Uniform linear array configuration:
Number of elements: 32
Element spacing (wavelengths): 0.5
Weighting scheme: uniform
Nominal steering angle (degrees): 30
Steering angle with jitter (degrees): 28.136
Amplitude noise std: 0.05
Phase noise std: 0.05

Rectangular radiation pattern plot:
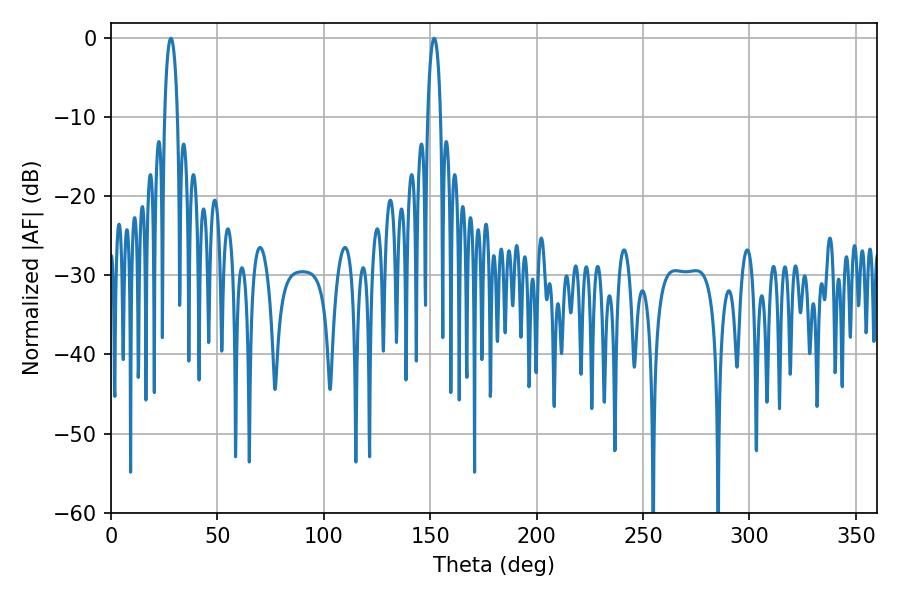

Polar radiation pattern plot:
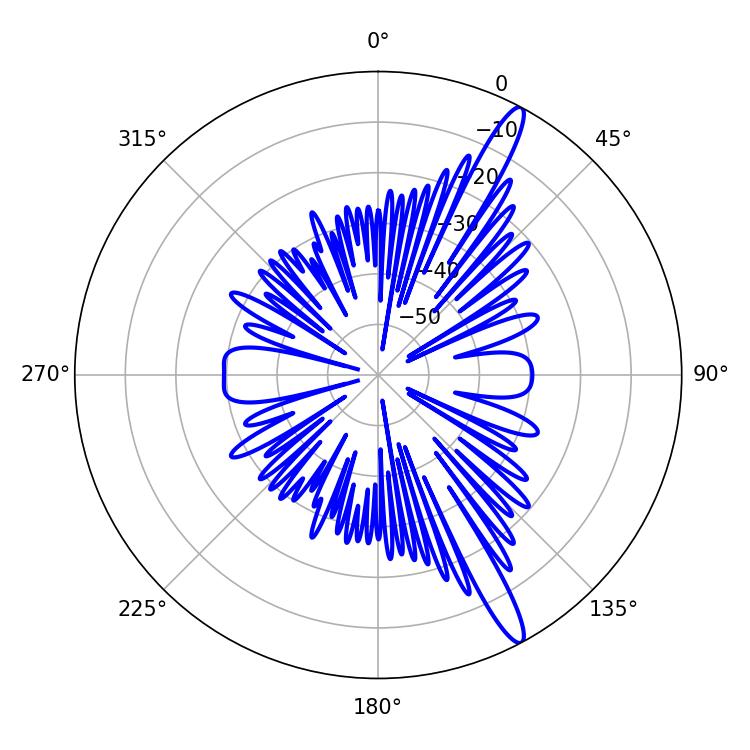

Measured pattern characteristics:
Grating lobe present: FALSE
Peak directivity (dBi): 14.802
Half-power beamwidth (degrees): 3.42
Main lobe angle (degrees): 28.08